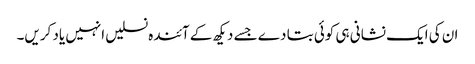
ان کی ایک نشانی ہی کوئی بتا دے جسے دیکھ کے آئندہ نسلیں انہیں یاد کریں۔